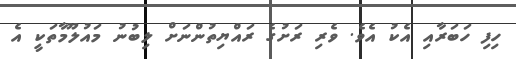
ހިފި ހަބަރާއި އެކު އެވެ. ވެރި ރަށުގެ ރައްޔިތުންނަށް ލިބުނު މައުލޫމާތަކީ އެ